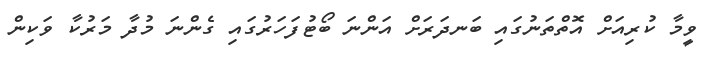
ވީމާ ކުރިއަށް އޮތްތަނުގައި ބަނދަރަށް އަންނަ ބޯޓުފަހަރުގައި ގެންނަ މުދާ މަރުކާ ވަކިން